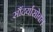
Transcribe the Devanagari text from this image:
सौंदर्यासोबत